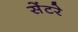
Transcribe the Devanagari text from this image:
सेंटरे